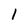
Character: 1